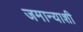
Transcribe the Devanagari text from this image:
जमान्याशी